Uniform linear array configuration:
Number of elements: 16
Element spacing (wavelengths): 0.5
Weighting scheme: blackman
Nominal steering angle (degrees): -60
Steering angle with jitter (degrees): -61.448
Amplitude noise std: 0.05
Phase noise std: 0.05

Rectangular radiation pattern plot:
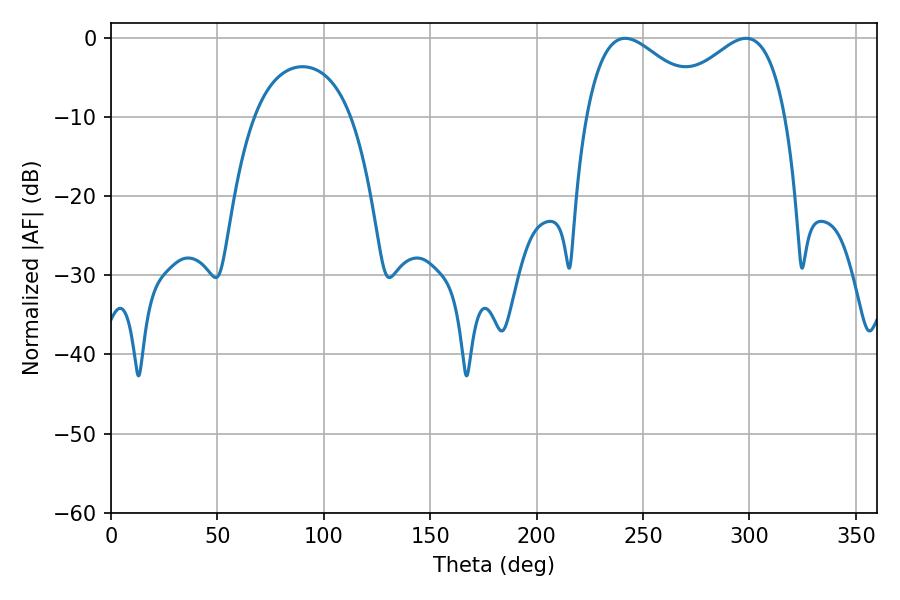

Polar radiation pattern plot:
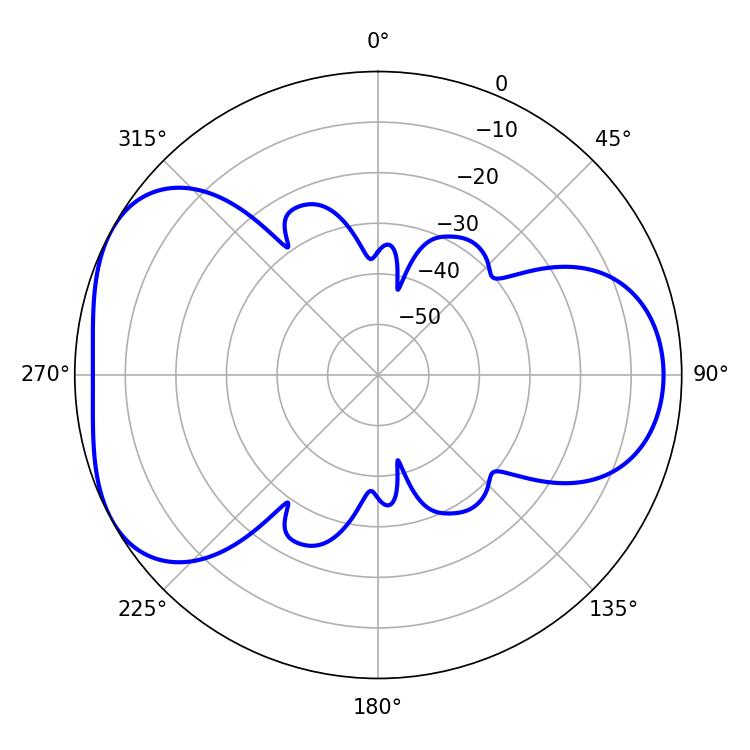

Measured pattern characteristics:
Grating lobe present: FALSE
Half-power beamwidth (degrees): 31.14
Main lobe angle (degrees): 241.56